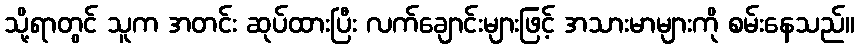
သို့ရာတွင် သူက အတင်း ဆုပ်ထားပြီး လက်ချောင်းများဖြင့် အသားမာများကို စမ်းနေသည်။